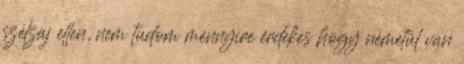
szélzaj ellen, nem tudom mennyire érdekes hogy németül van